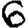
Digit: 6